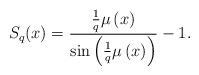
LaTeX: \begin{align*} S_q(x) =\frac { \frac{1}{q} \mu \left ( x \right )} { \sin \left ( \frac{1}{q} \mu \left (x \right ) \right )} -1. \end{align*}